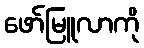
ဖော်မြူလာကို